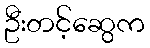
ဦးတင့်ဆွေက